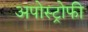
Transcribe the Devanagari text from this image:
अपोस्ट्रोफी